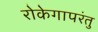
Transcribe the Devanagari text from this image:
रोकेगापरंतु